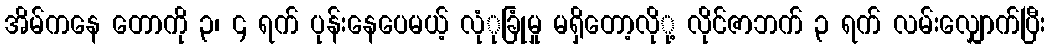
အိမ်ကနေ တောကို ၃၊ ၄ ရက် ပုန်းနေပေမယ့် လုံုခြုံမှု မရှိတော့လိုု့ လိုင်ဇာဘက် ၃ ရက် လမ်းလျှောက်ပြီး